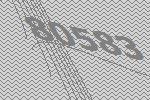
80583